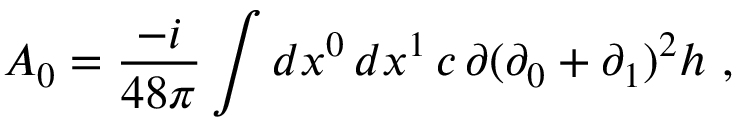
{ \cal A } _ { 0 } = \frac { - i } { 4 8 \pi } \int d x ^ { 0 } \, d x ^ { 1 } \, c \, \partial ( \partial _ { 0 } + \partial _ { 1 } ) ^ { 2 } h \ ,